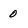
Character: 0